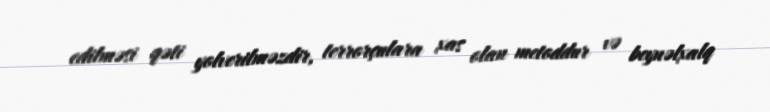
edilməsi qəti yolverilməzdir, terrorçulara xas olan metoddur və beynəlxalq